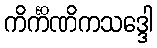
ကိင်္ကိဏိကသဒ္ဒေါ